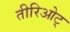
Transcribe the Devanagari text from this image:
तीरिओट्